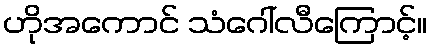
ဟိုအကောင် သံဂေါ်လီကြောင့်။